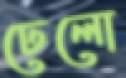
ঢেলো